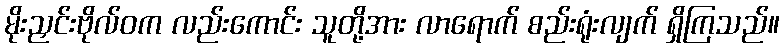
မိုးညှင်းဗိုလ်ဝက လည်းကောင်း သူတို့အား လာရောက် စည်းရုံးလျက် ရှိကြသည်။